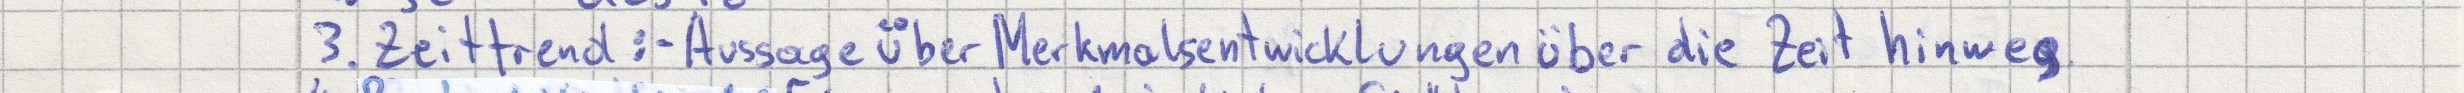
3. Zeittrend: - Aussage über Merkmalsentwicklungen über die Zeit hinweg